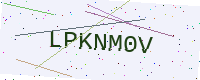
Text: LPKNM0V